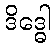
ဒိဒ္ဓေါ